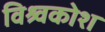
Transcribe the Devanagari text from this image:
विश्र्वकोश